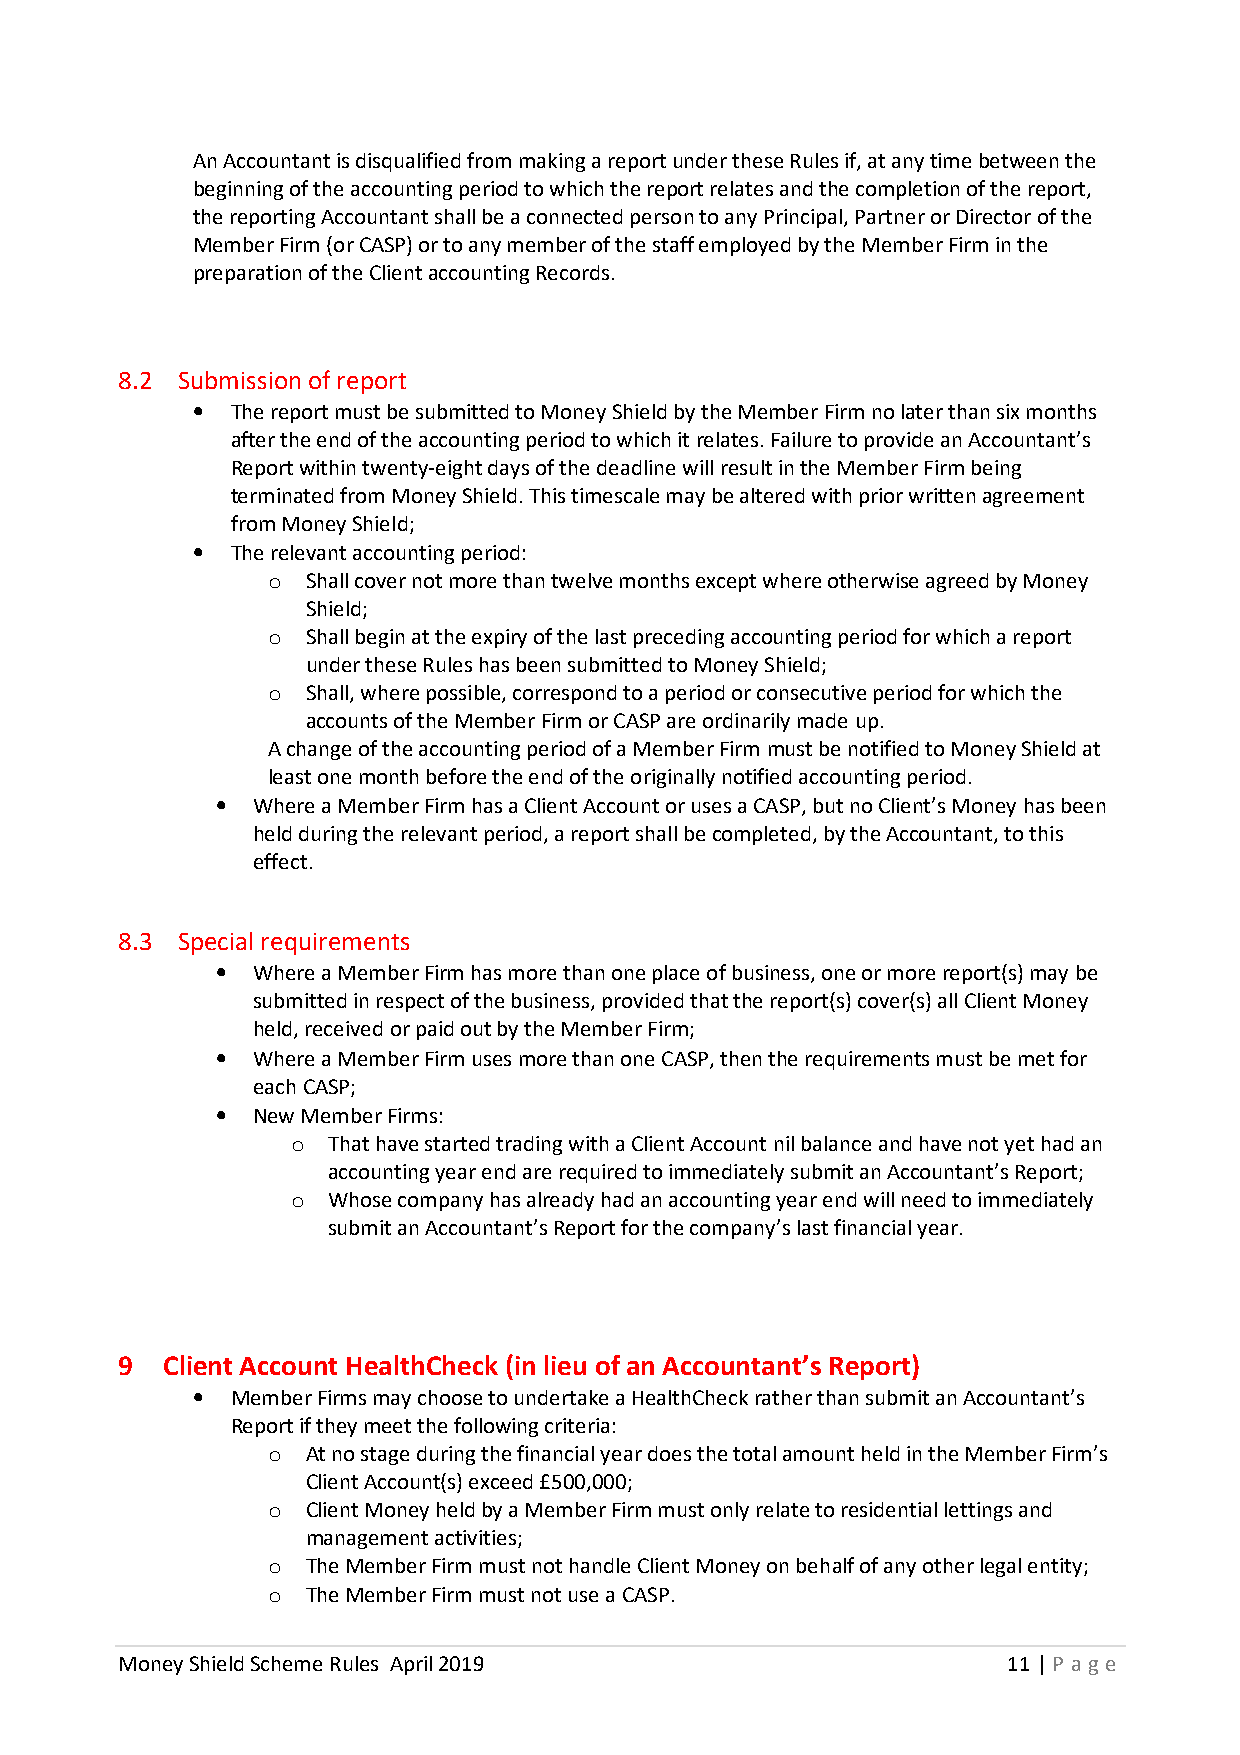
An Accountant is disqualified from making a report under these Rules if, at any time between the
 beginning of the accounting period to which the report relates and the completion of the report,
 the reporting Accountant shall be a connected person to any Principal, Partner or Director of the
 Member Firm (or CASP) or to any member of the staff employed by the Member Firm in the
 preparation of the Client accounting Records.
 8.2 Submission of report
 • The report must be submitted to Money Shield by the Member Firm no later than six months
 after the end of the accounting period to which it relates. Failure to provide an Accountant’s
 Report within twenty-eight days of the deadline will result in the Member Firm being
 terminated from Money Shield. This timescale may be altered with prior written agreement
 from Money Shield;
 • The relevant accounting period:
 o Shall cover not more than twelve months except where otherwise agreed by Money
 Shield;
 o Shall begin at the expiry of the last preceding accounting period for which a report
 under these Rules has been submitted to Money Shield;
 o Shall, where possible, correspond to a period or consecutive period for which the
 accounts of the Member Firm or CASP are ordinarily made up.
 A change of the accounting period of a Member Firm must be notified to Money Shield at
 least one month before the end of the originally notified accounting period.
 •  Where a Member Firm has a Client Account or uses a CASP, but no Client’s Money has been
 held during the relevant period, a report shall be completed, by the Accountant, to this
 effect.
 8.3 Special requirements
 •  Where a Member Firm has more than one place of business, one or more report(s) may be
 submitted in respect of the business, provided that the report(s) cover(s) all Client Money
 held, received or paid out by the Member Firm;
 •  Where a Member Firm uses more than one CASP, then the requirements must be met for
 each CASP;
 •  New Member Firms:
 o  That have started trading with a Client Account nil balance and have not yet had an
 accounting year end are required to immediately submit an Accountant’s Report;
 o  Whose company has already had an accounting year end will need to immediately
 submit an Accountant’s Report for the company’s last financial year.
 9  Client Account HealthCheck (in lieu of an Accountant’s Report)
 • Member Firms may choose to undertake a HealthCheck rather than submit an Accountant’s
 Report if they meet the following criteria:
 o At no stage during the financial year does the total amount held in the Member Firm’s
 Client Account(s) exceed £500,000;
 o Client Money held by a Member Firm must only relate to residential lettings and
 management activities;
 o The Member Firm must not handle Client Money on behalf of any other legal entity;
 o The Member Firm must not use a CASP.
 Money Shield Scheme Rules April 2019                       11 | P age